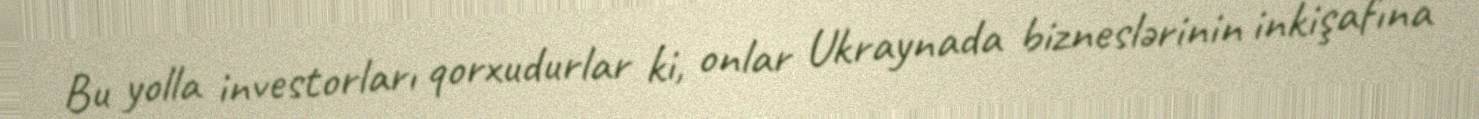
Bu yolla investorları qorxudurlar ki, onlar Ukraynada bizneslərinin inkişafına